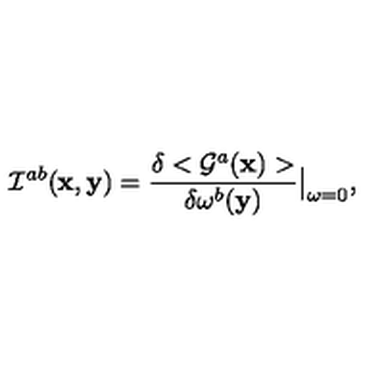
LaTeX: { \cal I } ^ { a b } ( { \bf x } , { \bf y } ) = \frac { \delta < { \cal G } ^ { a } ( { \bf x } ) > } { \delta \omega ^ { b } ( { \bf y } ) } \big \vert _ { \omega = 0 } ,